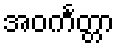
အဝင်္ကတ္တာ